Report of the Indian Hemp Drugs Commission, 1894-1895 - Volume V
Year: 1894
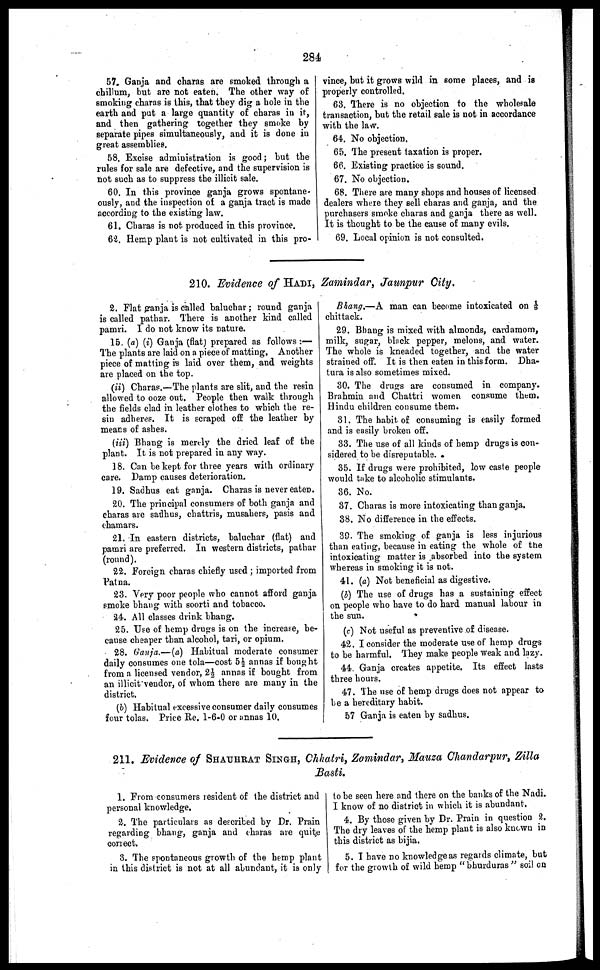
284
57. Ganja and charas are smoked through a
chillum, but are not eaten. The other way of
smoking charas is this, that they dig a hole in the
earth and put a large quantity of charas in it,
and then gathering together they smoke by
separate pipes simultaneously, and it is done in
great assemblies.
58. Excise administration is good; hut the
rules for sale are defective, and the supervision is
not such as to suppress the illicit sale.
80, In this province ganja grows spontane-
ously, and the inspection of a ganja tract is made
according to the existing law.
61. Charts it not produced in this province.
62. Hemp plait is not cultivated in this pro-
vince, hut it grows wild in some places, and is
properly controlled.
63. There is no objection to the wholesale
transaction, but the retail tale is not in accordance
with the law.
64. No objection.
65. The present taxation is proper.
66. Existing practice is sound.
67. No objection.
68. There are many shops and houses of licensed
dealers where they sell charas and ganja, and the
purchasers smoke charas and ganja there as well.
It is thought to be the cause of many evils.
69. Local opinion is not consulted.
210. Evidence of HADI, Zamindar, Jaunpur City.
2. Flat ganja is called baluchar ; round ganja
is called pathar. There is another kind called
pamri. I do not know its nature.
15 (a) (i) Ganja (flat) prepared as follows :—
The plants are laid on a piece of matting. Another
piece of matting is laid over them, and weights
are placed on the top.
(ii) Charas.—The plants arc slit, and the resin
allowed to ooze out. People then walk through
the fields clad in leather clothes to which the re-
sin adheres. It is scraped off the leather by
means of ashes.
(iii) Bhang is merely the dried leaf of the
plant. It is tot prepared in any way.
18. Can be kept for three years with ordinary
care. Damp causes deterioration.
19. Sadhus eat, ganja. Charas is never eaten.
20. The principal consumers of both ganja and
charas are sadhus, chattris, musahers, pasis and
chamars.
21. In eastern districts, baluchar (flat) and
pamri are preferred. In western districts, pathar
(round).
22. Foreign charas chiefly used ; imported from
Patna.
23. Very poor people who cannot afford ganja
smoke bhang with soorti and tobacco.
it. Alt classes drink bhang.
25. Use of hemp drugs is on the increase, be-
cause cheaper than alcohol, tari, or opium.
28. Ganja.— (a) Habitual moderate consumer
daily consumes one tola—cost 5½ annas if bought
from a licensed vendor, 2½ annas if bought from
an illicit vendor, of whom there ate many in the
district.
(b) Habitual excessive consumer daily consumes
four tolas. Price Re. 1-6-0 or annas 10.
Bhang.—A man can become intoxicated on 1/8
chittack.
29. Bhang is mixed with almonds, cardamom,
milk, sugar, black pepper, melons, and water.
The whole is kneaded together, and the water
strained off. It, is then eaten in this form. Dha-
tura is also sometimes mixed.
30.
The drugs are consumed in company.
Brahmin and Chattri women consume them.
Hindu children consume them.
31. The habit of consuming is easily formed
and is easily broken off.
33. The use of all kinds of hemp drugs is con-
sidered to be disreputable.
35. If drugs were prohibited, low caste people
would take to alcoholic stimulants.
of). No.
37. Charas is more intoxicating than ganja.
38. No difference in the effects.
39.
The smoking of ganja is less injurious
than eating, because in eating the whole of the
intoxicating matter is absorbed into the system
whereas in smoking it is not.
41. (a) Not beneficial as digestive.
(b) The use of drugs has a sustaining effect
on people who have to do hard manual labour in
the sun.
(c) Not useful as preventive of disense.
42. I consider the moderate use of hemp drugs
to be hatmful. They make people weak and lazy.
44. Ganja creates appetite. Its effect lasts
three hours.
47. The use of hemp drugs does not appear to
be a hereditary habit.
57 Ganja is eaten by sadhus.
211. Evidence of SHAUHRAT SINGH, Chhatri, Zamindar, Mauza Chandarpur, Zilla
Basti.
1. From consumers resident of the district and
personal knowledge.
2. The particulars as described by Dr. Prain
regarding bhang, ganja and charas are quie
correct.
8. The spontaneous growth of the hemp plant
in this district is not at all abundant, it is only
to be seen here and there on the banks of the Nadi.
1 know of no district in which it is abundant,
4. By those given by Dr. Prain to question 2.
The dry leaves of the hemp plant is also known in
this district as bijia.
5. 1 have no knowledge as regards climate, but
for the growth of wild hemp " bhurduras " soil en